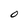
Character: O